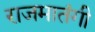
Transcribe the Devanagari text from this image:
राजमातंगी